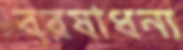
বরষাধন্য